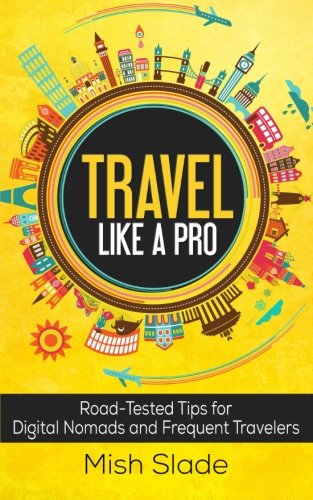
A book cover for Travel Like A Pro: Road-Tested Tips for Digital Nomads and Frequent Travelers; Mish Slade; Travel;